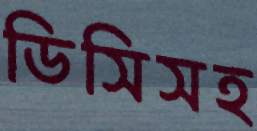
ডিসিসহ